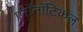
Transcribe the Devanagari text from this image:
एरॉनॉटिकल